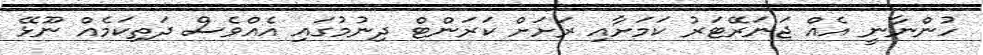
ހުންނާނީ އެއް ޖަނަރޭޓަރު ކަމަށާއި ރަށަށް ކަރަންޓް ދިނުމުގައި އެއްވެސް ދަތިކަމެއް ނޫޅޭ